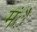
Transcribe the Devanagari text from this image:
मंै